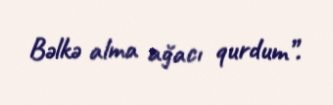
Bəlkə alma ağacı qurdum”.